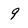
Character: 9